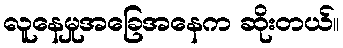
လူနေမှုအခြေအနေက ဆိုးတယ်။